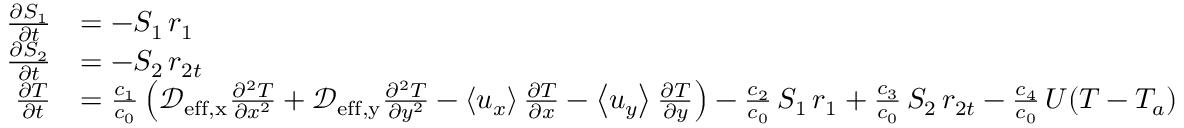
\begin{array} { r l } { \frac { \partial S _ { 1 } } { \partial t } } & { = - S _ { 1 } \, r _ { 1 } } \\ { \frac { \partial S _ { 2 } } { \partial t } } & { = - S _ { 2 } \, r _ { 2 t } } \\ { \frac { \partial T } { \partial t } } & { = \frac { c _ { 1 } } { c _ { 0 } } \left( \mathcal D _ { \mathrm { e f f , x } } \frac { \partial ^ { 2 } T } { \partial x ^ { 2 } } + \mathcal D _ { \mathrm { e f f , y } } \frac { \partial ^ { 2 } T } { \partial y ^ { 2 } } - \left< u _ { x } \right> \frac { \partial T } { \partial x } - \left< u _ { y } \right> \frac { \partial T } { \partial y } \right) - \frac { c _ { 2 } } { c _ { 0 } } \, S _ { 1 } \, r _ { 1 } + \frac { c _ { 3 } } { c _ { 0 } } \, S _ { 2 } \, r _ { 2 t } - \frac { c _ { 4 } } { c _ { 0 } } \, U ( T - T _ { a } ) } \end{array}